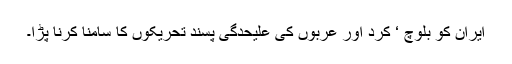
ایران کو بلوچ ‘ کرد اور عربوں کی علیحدگی پسند تحریکوں کا سامنا کرنا پڑا۔